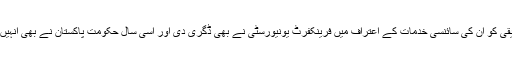
1958ء میں ڈاکٹر صدیقی کو ان کی سائنسی خدمات کے اعتراف میں فرینکفرٹ یونیورسٹی نے بھی ڈگری دی اور اسی سال حکومت پاکستان نے بھی انہیں تمغہ امتیاز سے نوازا ۔